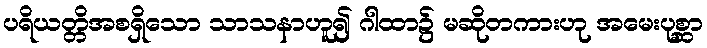
ပရိယတ္တိအစရှိသော သာသနာဟူ၍ ဂါထာ၌ မဆိုတကားဟု အမေးပုစ္ဆာ